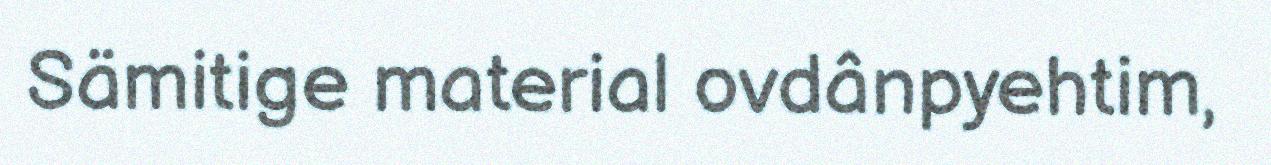
Sämitige material ovdânpyehtim,